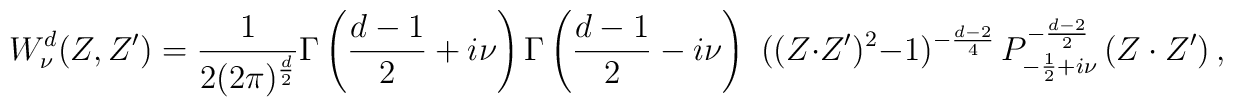
{W^ {d}_\nu}(Z,Z') = \frac{1} {2(2\pi)^{\frac{d}{2}}}\Gamma\left(\frac{d-1}{2}+i\nu\right)            \Gamma\left(\frac{d-1}{2} -i \nu\right) \,\,((Z\cdot Z')^2-1)^{-\frac{d-2}{4}}\,P^{-\frac{d-2}{2}}_{-\frac{1}{2} + i\nu}\left({Z\cdot Z'}\right),